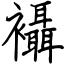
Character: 襵